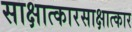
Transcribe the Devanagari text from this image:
साक्षात्कारसाक्षात्कार